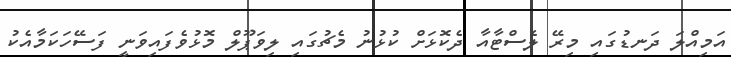
އަމިއްލަ ދަނޑުގައި މިރޭ ލެސްޓާއާ ދެކޮޅަށް ކުޅުނު މެޗުގައި ލިވަޕޫލް މޮޅުވެފައިވަނީ ފަސޭހަކަމާއެކު